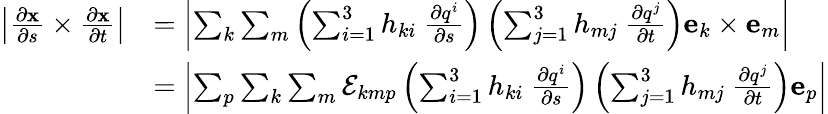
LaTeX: {\begin{array}{rl}{\left|{\frac{\partial\mathbf{x}}{\partial s}}\times{\frac{\partial\mathbf{x}}{\partial t}}\right|}&{=\left|\sum_{k}\sum_{m}\left(\sum_{i=1}^{3}h_{ki}~{\frac{\partial q^{i}}{\partial s}}\right)\left(\sum_{j=1}^{3}h_{mj}~{\frac{\partial q^{j}}{\partial t}}\right)\mathbf{e}_{k}\times\mathbf{e}_{m}\right|}\\ &{=\left|\sum_{p}\sum_{k}\sum_{m}{\mathcal{E}}_{kmp}\left(\sum_{i=1}^{3}h_{ki}~{\frac{\partial q^{i}}{\partial s}}\right)\left(\sum_{j=1}^{3}h_{mj}~{\frac{\partial q^{j}}{\partial t}}\right)\mathbf{e}_{p}\right|}\end{array}}